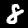
Digit: 8